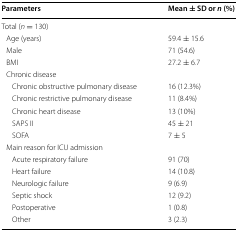
| Parameters | Mean ± SD or n (%) |
 | --- | --- |
 | <COLSPAN=2> Total (n = 130) |
 | Age (years) | 59.4 ± 15.6 |
 | Male | 71 (54.6) |
 | BMI | 27.2 ± 6.7 |
 | <COLSPAN=2> Chronic disease |
 | Chronic obstructive pulmonary disease | 16 (12.3%) |
 | Chronic restrictive pulmonary disease | 11 (8.4%) |
 | Chronic heart disease | 13 (10%) |
 | SAPS II | 45 ± 21 |
 | SOFA | 7 ± 5 |
 | <COLSPAN=2> Main reason for ICU admission |
 | Acute respiratory failure | 91 (70) |
 | Heart failure | 14 (10.8) |
 | Neurologic failure | 9 (6.9) |
 | Septic shock | 12 (9.2) |
 | Postoperative | 1 (0.8) |
 | Other | 3 (2.3) |